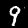
Digit: 9